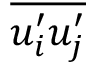
\overline { { u _ { i } ^ { \prime } u _ { j } ^ { \prime } } }